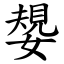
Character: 嫢